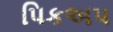
પિકઅપ